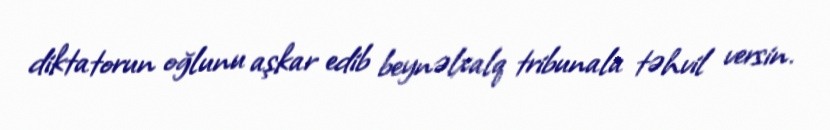
diktatorun oğlunu aşkar edib beynəlxalq tribunala təhvil versin.